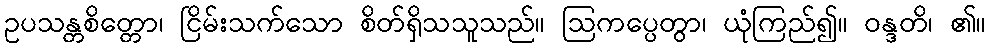
ဥပသန္တစိတ္တော၊ ငြိမ်းသက်သော စိတ်ရှိသသူသည်။ ဩကပ္ပေတွာ၊ ယုံကြည်၍။ ဝန္ဒတိ၊ ၏။